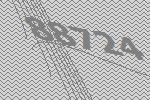
88724